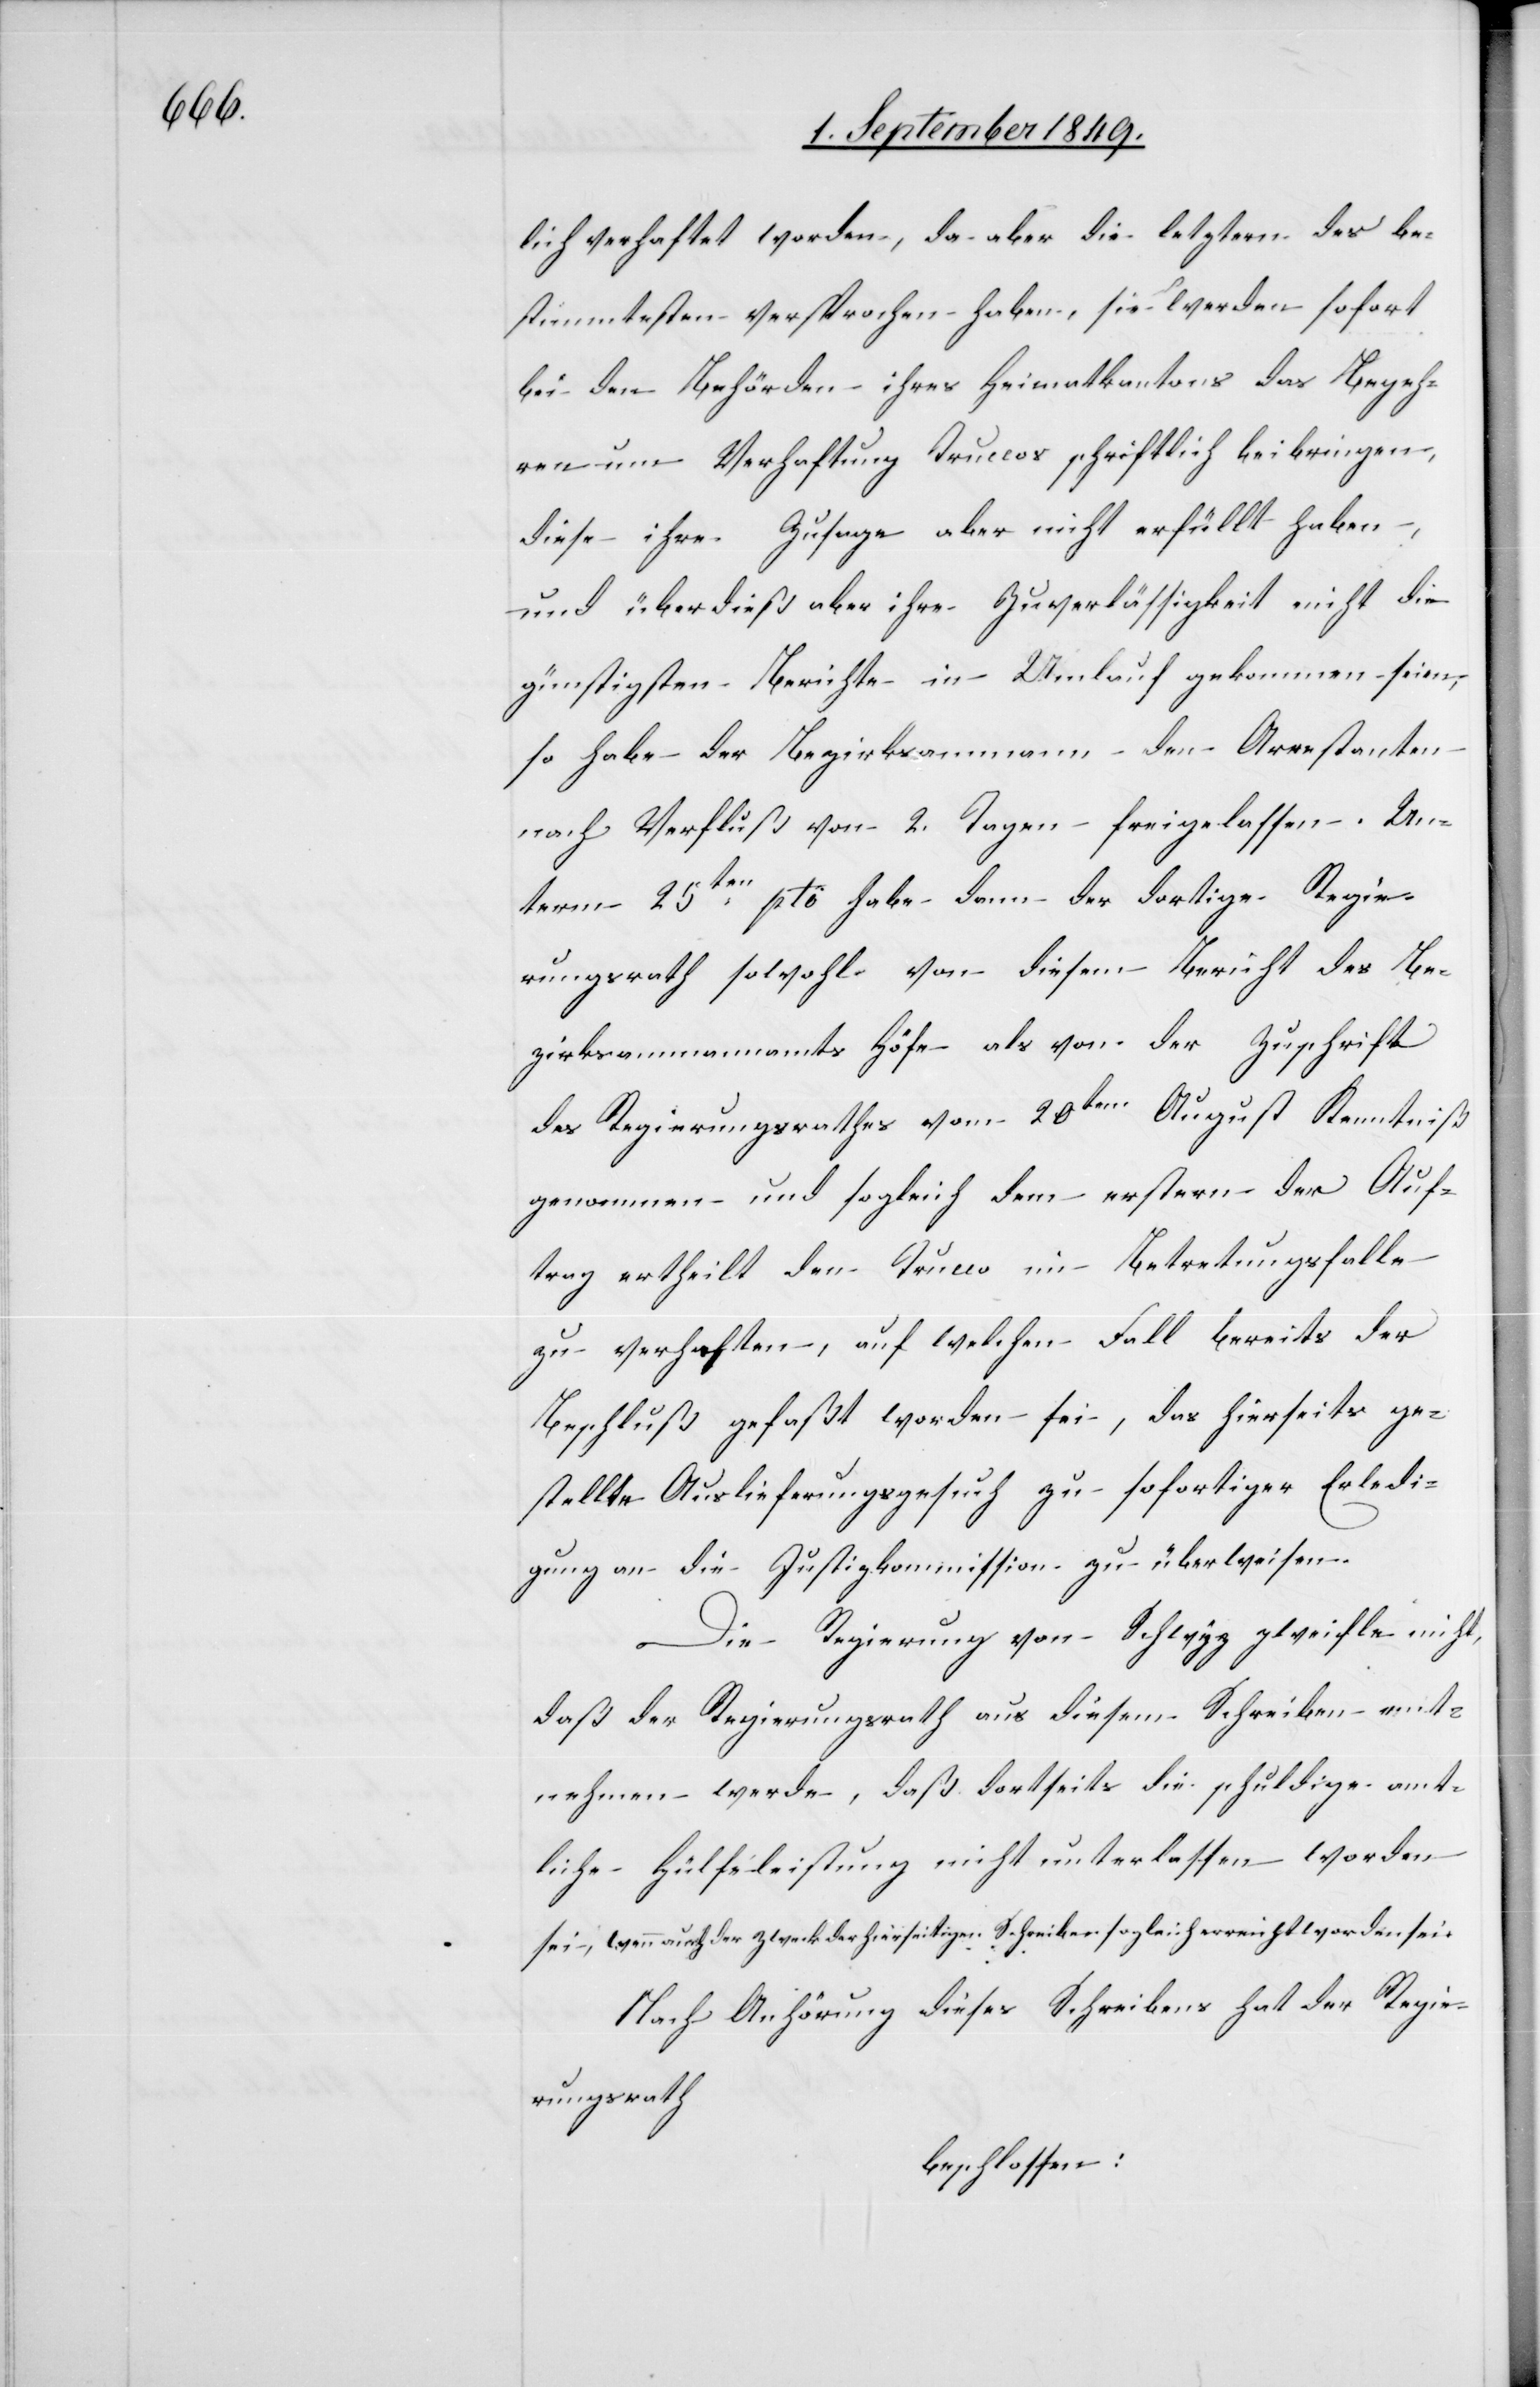
lich verhaftet worden, da aber die letztern des be¬
stimmtesten versprochen haben, sie werden sofort
bei den Behörden ihres Heimatkantons das Begeh¬
ren um Verhaftung Truccos schriftlich beibringen,
diese ihre Zusage aber nicht erfüllt haben,
günstigsten Berichte in Umlauf gekommen seien,
so habe der Bezirksammann den Arrestanten
nach Verfluß von 2. Tagen freigelassen. Un¬
term 25ten pto habe dann der dortige Regie¬
rungsrath sowohl von diesem Bericht des Be¬
zirksammannamts Höfe als von der Zuschrift
des Regierungsrathes vom 20ten August Kenntniß
genommen und sogleich dem erstern der Auf¬
trag ertheilt den Trucco im Betretungsfalle
zu verhaften, auf welchen Fall bereits der
Beschluß gefaßt worden sei, das hierseits ge¬
stellte Auslieferungsgesuch zu sofortiger Erledi¬
gung an die Justizkommission zu überweisen.
Die Regierung von Schwyz zweifle nicht,
daß der Regierungsrath aus diesem Schreiben ent¬
nehmen werde, das dortseits die schuldige amt¬
liche Hülfsleistung nicht unterlassen worden
sei, wenn auch der Zweck der hierseitigen Schreiben sogleich erreicht worden sei.
Nach Anhörung dieses Schreibens hat der Regie¬
rungsrath
beschlossen: